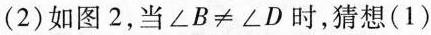
(2)如图2，当$$\angle B\neq\angle D$$时，猜想(1)